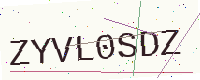
Text: ZYVL0SDZ